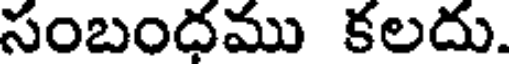
సంబందము కలదు.